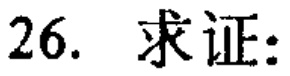
26. 求证: